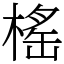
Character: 榣